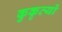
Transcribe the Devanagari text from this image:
कुकृत्‍यों